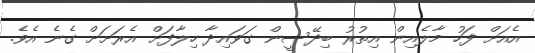
އެއަށް ފަހު މާލެއިން އިތުރު ބިދޭސީން ގަވައިދާ ހިލާފަށް އެރަށަށް ގެނެ އެވެ.